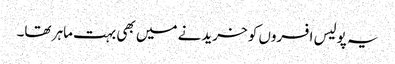
یہ پولیس افسروں کو خریدنے میں بھی بہت ماہر تھا۔